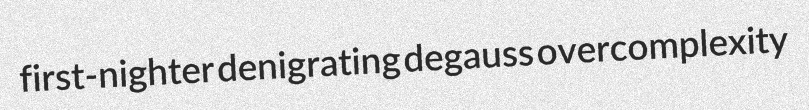
first-nighter denigrating degauss overcomplexity